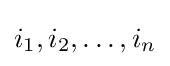
i_{1},i_{2},\dots ,i_{n}